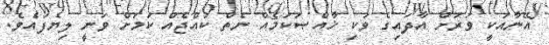
އޭނާއަކީ ވަރަށް އާދައިގެ ވަކި ޚާއްޞަކަމެއް ނެތް ކުއްޖެއް ކަމަށް ވަނީ ލިޔެފައެވެ.